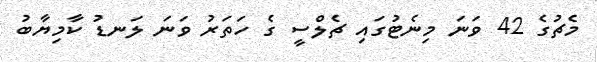
މެޗުގެ 42 ވަނަ މިނެޓުގައި ޗެލްސީ ގެ ހަތަރު ވަނަ ލަނޑު ކާމިޔާބު